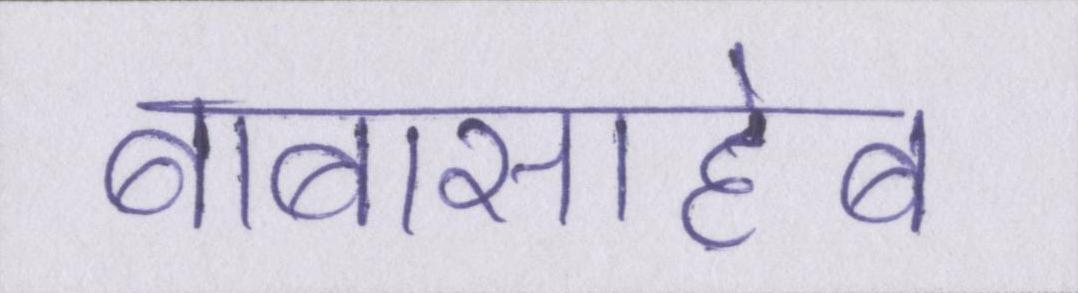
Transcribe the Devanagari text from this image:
बाबासाहेब